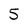
Character: 5